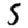
Digit: 5